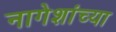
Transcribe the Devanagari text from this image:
नागेशांच्या